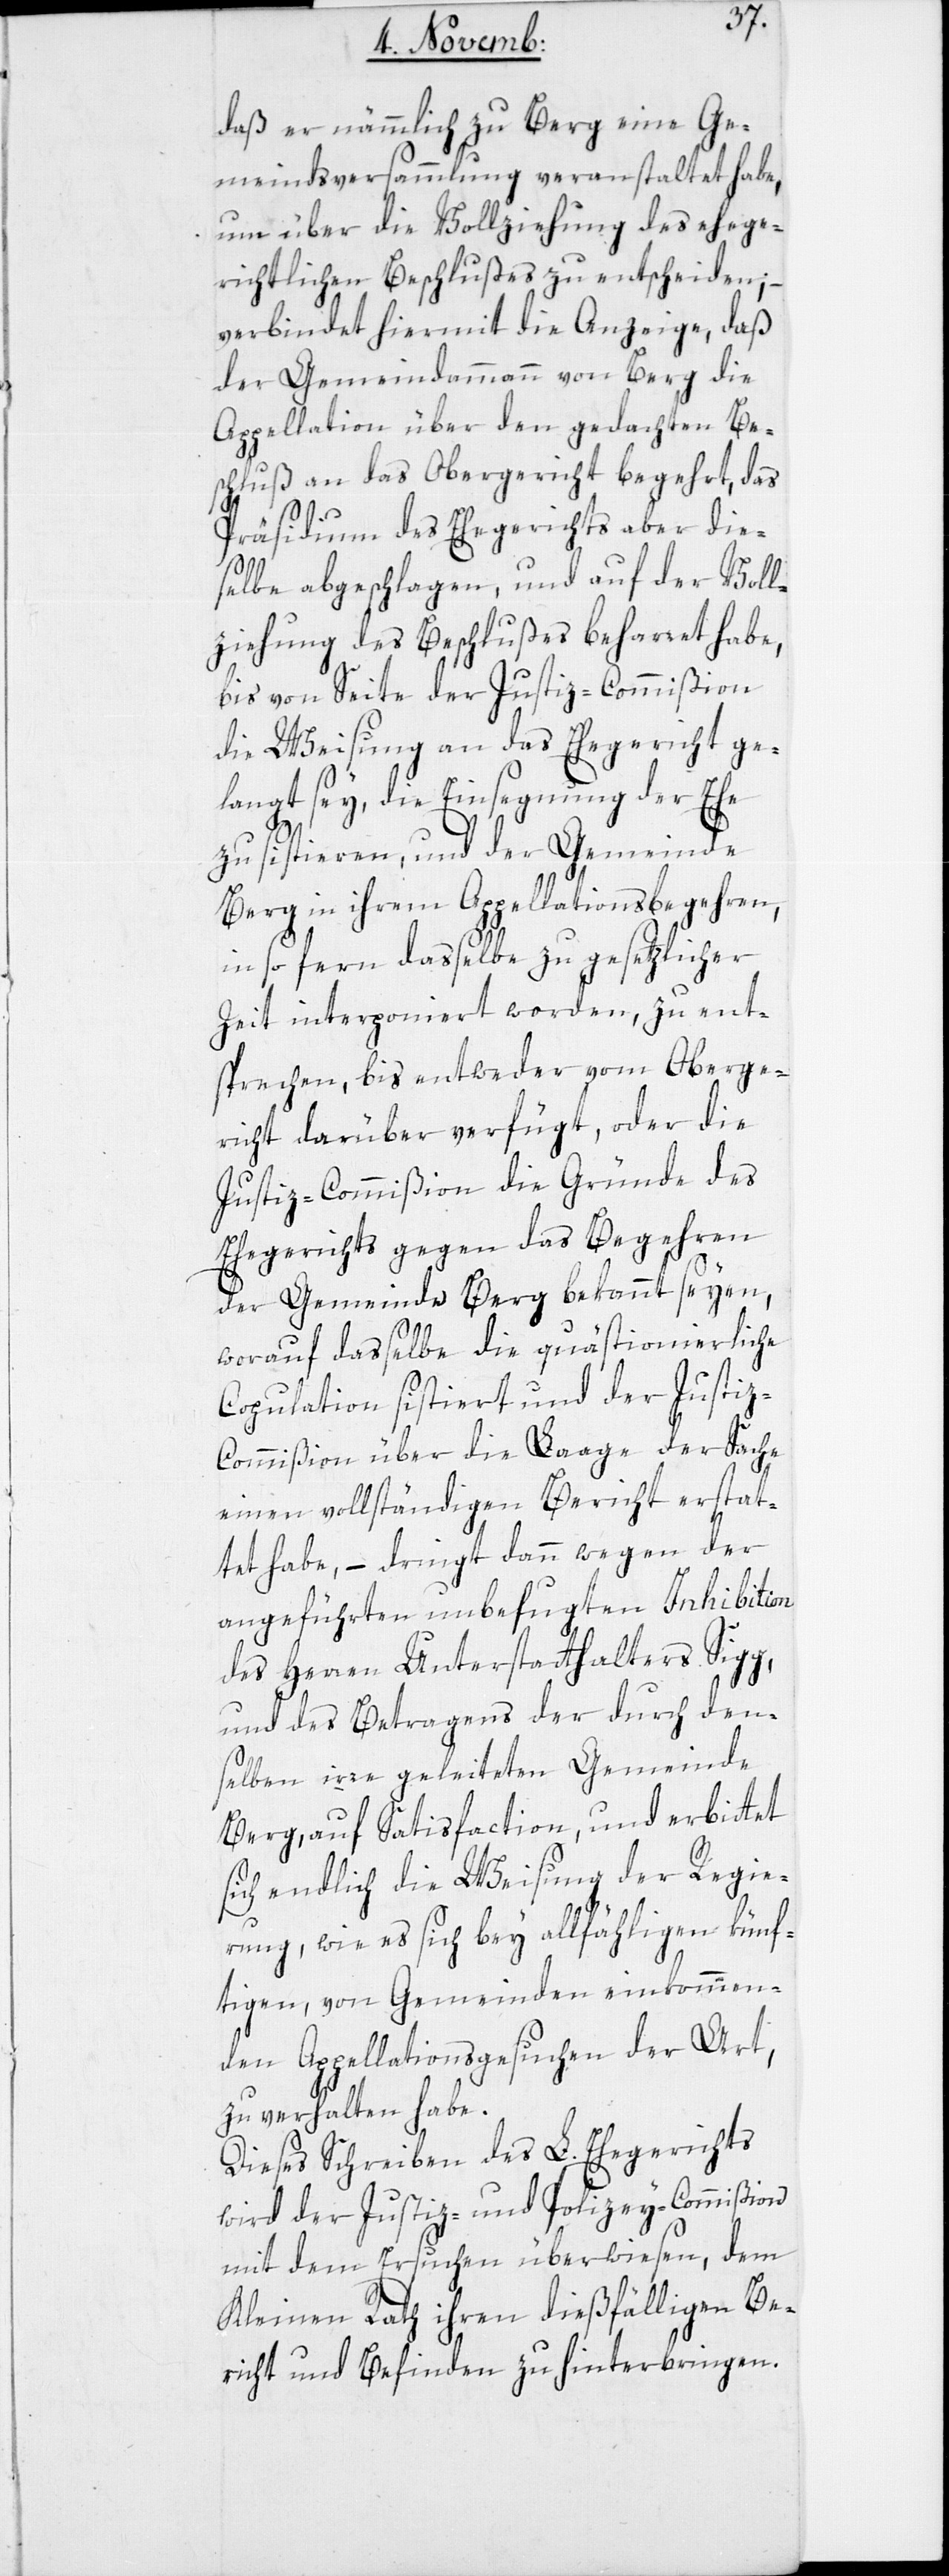
daß er nämmlich zu Berg eine Ge¬
meindsversammlung veranstaltet habe,
um über die Vollziehung des ehege¬
richtlichen Beschlußes zu entscheiden; –
verbindet hiermit die Anzeige, daß
der Gemeindammann von Berg die
Appellation über den gedachten Be¬
schluß an das Obergericht begehrt, das
Präsidium des Ehegerichts aber die¬
selbe abgeschlagen, und auf der Voll¬
ziehung des Beschlußes beharret habe,
bis von Seite der Justiz-Commißion
die Weisung an das Ehegericht ge¬
langt sey, die Einsegnung der Ehe
zu sistieren, und der Gemeinde
Berg in ihrem Appellationsbegehren,
in so fern daßelbe zu gesetzlicher
Zeit interponiert worden, zu ent¬
sprechen, bis entweder vom Oberge¬
richt darüber verfügt, oder die
Justiz-Commißion die Gründe des
Ehegerichts gegen das Begehren
der Gemeinde Berg bekannt seyen,
worauf daßelbe die quästionierliche
Copulation sistiert und der Justi¬
z-Commißion über die Lage der Sache
einen vollständigen Bericht erstat¬
tet habe, – dringt dann wegen der
angeführten unbefugten Inhibition
des Herren Unterstatthalters Sigg,
und des Betragens der durch den¬
selben irre geleiteten Gemeinde
Berg, auf Satisfaction, und erbittet
sich endlich die Weisung der Regie¬
rung, wie es sich bey allfähligen künf¬
tigen, von Gemeinden einkommen¬
den Appellations-Gesuchen der Art,
zu verhalten habe.
Dieses Schreiben des L. Ehegerichts
wird der Justiz- und Polizey-Commißion
mit dem Ersuchen überwiesen, dem
Kleinen Rath ihren dießfälligen Be¬
richt und Befinden zu hinterbringen.